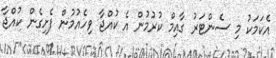
އެކަމަކު މި ސެންޓަރު ގާއިމް ކުރުމުން އެ ކުއްޖާ ވިހެއުމުން ފެށިގެން ކުއްޖާ